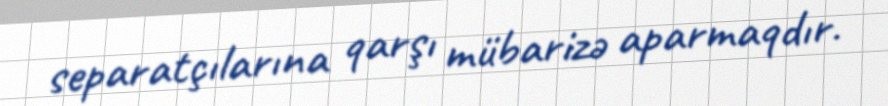
separatçılarına qarşı mübarizə aparmaqdır.